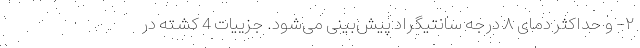
۲- و حداکثر دمای ۸ درجه سانتیگراد پیش‌بینی می‌شود. جزییات 4 کشته در